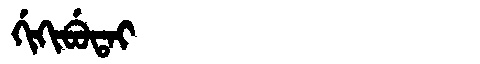
Manchu: ᡤᡳᡴᡳᠪᡠᡨᠠᡳ
Romanization: GIKIBUTAI